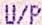
U/P